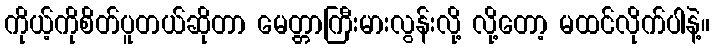
ကိုယ့်ကိုစိတ်ပူတယ်ဆိုတာ မေတ္တာကြီးမားလွန်းလို့ လို့တော့ မထင်လိုက်ပါနဲ့။